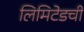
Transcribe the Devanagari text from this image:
लिमिटेडची